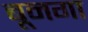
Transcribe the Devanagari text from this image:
बूनगा